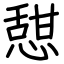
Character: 憇